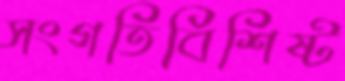
সংগতিবিশিষ্ট